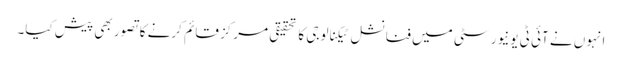
انہوں نے آئی ٹی یونیورسٹی میں فنانشل ٹیکنالوجی کا تحقیقی مرکز قائم کرنے کا تصور بھی پیش کیا۔